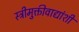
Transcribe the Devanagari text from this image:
स्त्रीमुक्तीवाद्यांशी